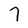
Character: 7